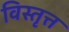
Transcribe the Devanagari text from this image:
विस्तृत्त